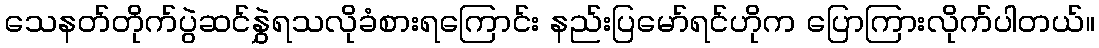
သေနတ်တိုက်ပွဲဆင်နွှဲရသလိုခံစားရကြောင်း နည်းပြမော်ရင်ဟိုက ပြောကြားလိုက်ပါတယ်။